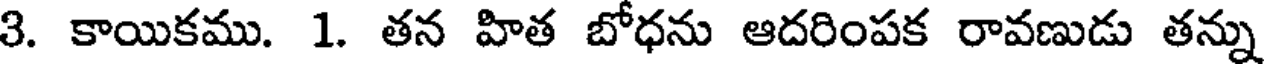
3. కాయికము. 1. తన హిత బోధను ఆదరింపక రావణుడు తన్ను